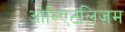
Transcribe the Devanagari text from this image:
ओरिएंटलिज़म